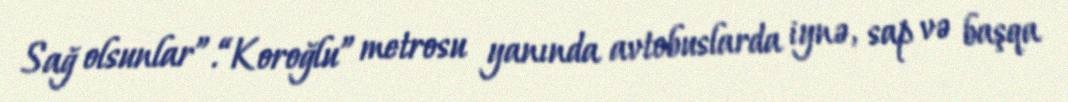
Sağ olsunlar”.“Koroğlu” metrosu yanında avtobuslarda iynə, sap və başqa